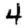
Digit: 4